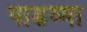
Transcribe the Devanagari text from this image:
पाडव्या